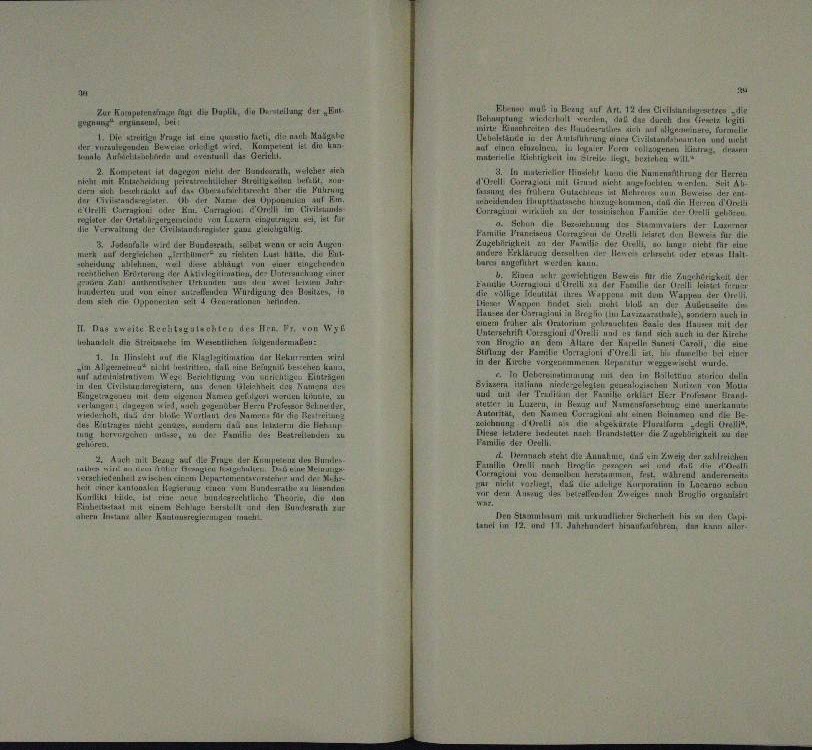
muß in Bezug auf Art. 12 den Civilstand
den, das das

nung an
.
u
nn sich
ual facti, die nant Ma
i
weiten

un
der eine

.
u
Kepetent fal dagegen
Sicher ni
In an die Rumentl
 die Banders
der Herrn
t
.

rirath

un
n
un
alten und
.
.
un
u
.
Curra
a
u
.
Johnn die Besit
Suter der Lan

un
Familie Transtatus Corr

ur Bur
Z. Jedenfalls w
ah, selbst wenn er aris Aus
Felue
und den
a Luft hat d
n
REK u
Num

e

u
a

u
n der Be

n
u
 wesen und

u de

.

d
r
t
und
ammen
II. Das weite Rechtszuschten des Hrn. Pr. von Wyl
.
a
lhunal den Streiten im Wesenten ludermuten:
n
u

timation u
ehl auf
.

a

i
Patienge und den im Festhett
un
,
 uter
igenen
nuna
n

.
und

n

.
n

e
luch
                                      der Betretenten in

II Urm

HALLE An ein Zw
 Beer
+Emun

alen einen de
in der
ug auf die B

nher
u
.

e

i
a
nte

und,
u

den Stammlung kuntlicher Sicher hin an den Laupt
amt in
n Anni aller

Zur Kuh an der Ent